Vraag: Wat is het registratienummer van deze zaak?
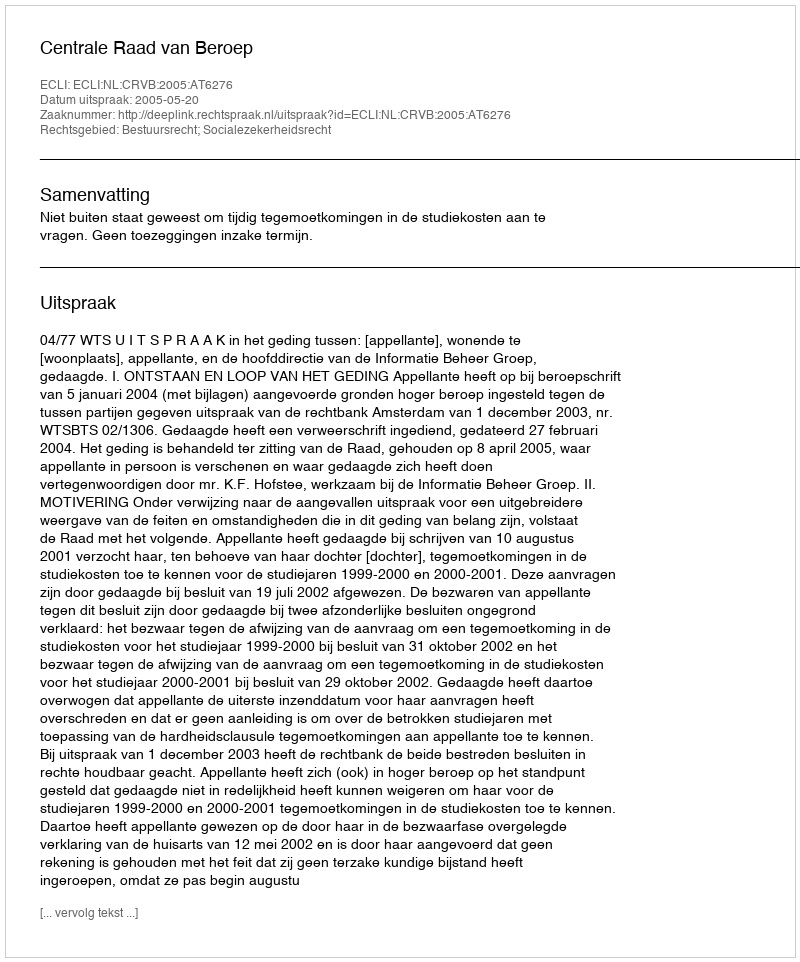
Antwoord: http://deeplink.rechtspraak.nl/uitspraak?id=ECLI:NL:CRVB:2005:AT6276